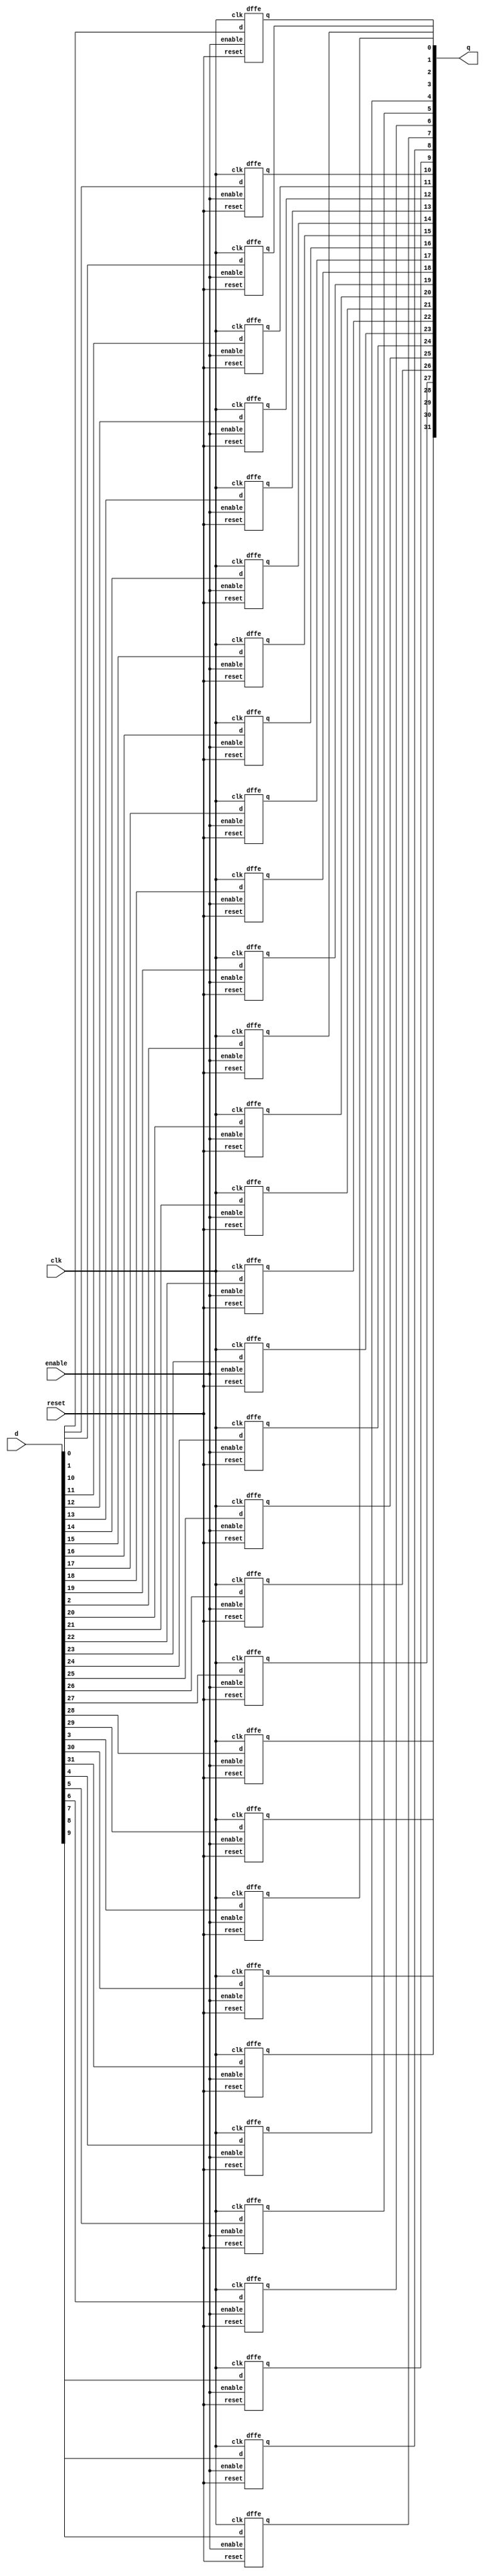
// register: A register which may be reset to an arbirary value
//
// q      (output) - Current value of register
// d      (input)  - Next value of register
// clk    (input)  - Clock (positive edge-sensitive)
// enable (input)  - Load new value? (yes = 1, no = 0)
// reset  (input)  - Asynchronous reset    (reset = 1)
//
module register(q, d, clk, enable, reset);

    output [31:0] q;
    input  [31:0] d;
    input  clk, enable, reset;
    
    dffe d0(q[0], d[0], clk, enable, reset);
    dffe d1(q[1], d[1], clk, enable, reset);
    dffe d2(q[2], d[2], clk, enable, reset);
    dffe d3(q[3], d[3], clk, enable, reset);
    dffe d4(q[4], d[4], clk, enable, reset);
    dffe d5(q[5], d[5], clk, enable, reset);
    dffe d6(q[6], d[6], clk, enable, reset);
    dffe d7(q[7], d[7], clk, enable, reset);
    dffe d8(q[8], d[8], clk, enable, reset);
    dffe d9(q[9], d[9], clk, enable, reset);
    dffe d10(q[10], d[10], clk, enable, reset);
    dffe d11(q[11], d[11], clk, enable, reset);
    dffe d12(q[12], d[12], clk, enable, reset);
    dffe d13(q[13], d[13], clk, enable, reset);
    dffe d14(q[14], d[14], clk, enable, reset);
    dffe d15(q[15], d[15], clk, enable, reset);
    dffe d16(q[16], d[16], clk, enable, reset);
    dffe d17(q[17], d[17], clk, enable, reset);
    dffe d18(q[18], d[18], clk, enable, reset);
    dffe d19(q[19], d[19], clk, enable, reset);
    dffe d20(q[20], d[20], clk, enable, reset);
    dffe d21(q[21], d[21], clk, enable, reset);
    dffe d22(q[22], d[22], clk, enable, reset);
    dffe d23(q[23], d[23], clk, enable, reset);
    dffe d24(q[24], d[24], clk, enable, reset);
    dffe d25(q[25], d[25], clk, enable, reset);
    dffe d26(q[26], d[26], clk, enable, reset);
    dffe d27(q[27], d[27], clk, enable, reset);
    dffe d28(q[28], d[28], clk, enable, reset);
    dffe d29(q[29], d[29], clk, enable, reset);
    dffe d30(q[30], d[30], clk, enable, reset);
    dffe d31(q[31], d[31], clk, enable, reset);
   //  Your implementation goes here

endmodule // register



// dffe: D-type flip-flop with enable
//
// q      (output) - Current value of flip flop
// d      (input)  - Next value of flip flop
// clk    (input)  - Clock (positive edge-sensitive)
// enable (input)  - Load new value? (yes = 1, no = 0)
// reset  (input)  - Asynchronous reset   (reset =  1)
//
module dffe(q, d, clk, enable, reset);
   output q;
   reg    q;
   input  d;
   input  clk, enable, reset;

   always@(reset)
     if (reset == 1'b1)
       q <= 0;

   always@(posedge clk)
     if ((reset == 1'b0) && (enable == 1'b1))
       q <= d;
endmodule // dffe